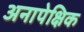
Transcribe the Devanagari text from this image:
अनापेक्षिक